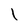
Character: l